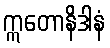
ဣတောနိဒါနံ